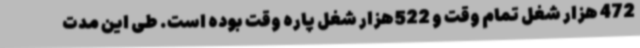
472 هزار شغل تمام وقت و 522هزار شغل پاره وقت بوده است. طی این مدت